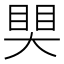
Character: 𥈀